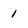
Character: 1